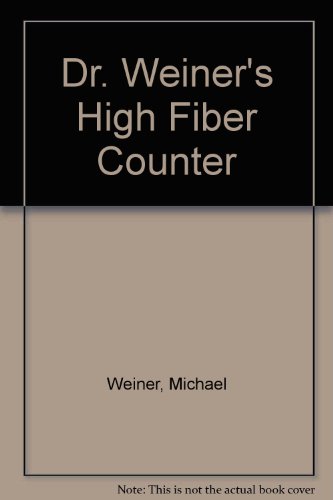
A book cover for Dr. Weiner's High Fiber Counter; Michael Weiner; Health, Fitness & Dieting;